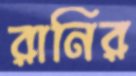
রানির